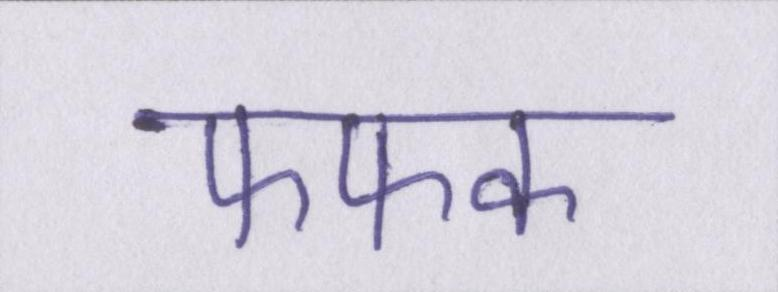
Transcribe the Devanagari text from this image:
फफक